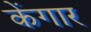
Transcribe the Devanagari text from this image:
केंगार